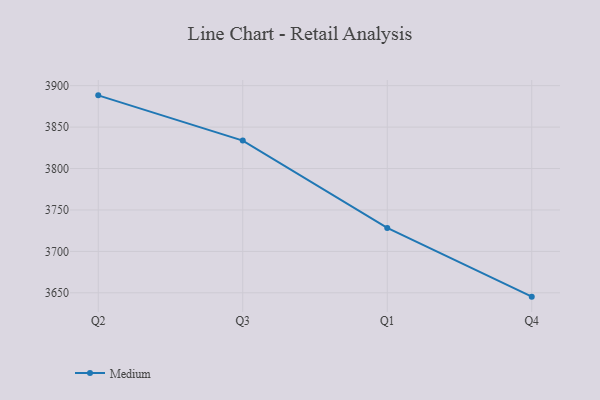
{"axis": {"x": "Quarter", "y": "Headcount"}, "legend": ["Medium"], "data": [{"x": "Q2", "y": 3888.3, "type": "Medium"}, {"x": "Q3", "y": 3833.7, "type": "Medium"}, {"x": "Q1", "y": 3728.3, "type": "Medium"}, {"x": "Q4", "y": 3645.4, "type": "Medium"}]}